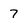
Character: 7